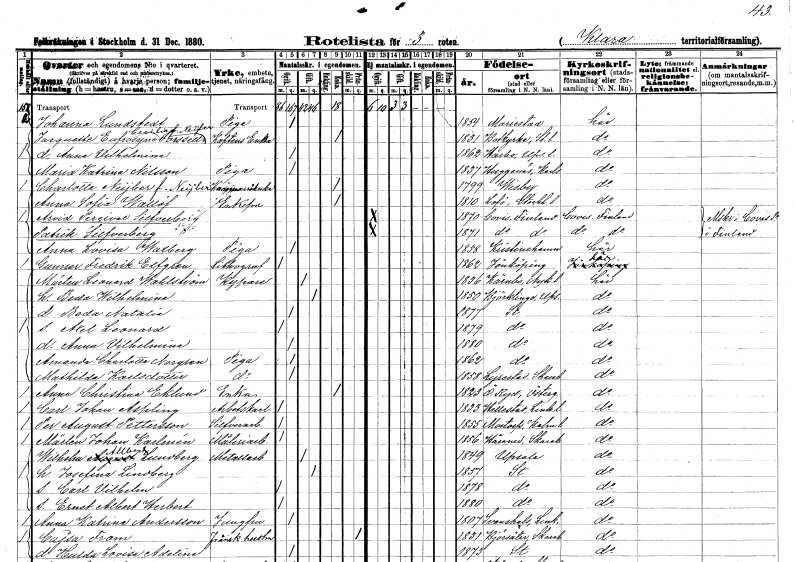
gt_parse: households: individuals: FN: Johanna
EN: Lundstedt
YRKE: Piga
KON: K
CIV: O
FODAR: 1854
FODFORS: Mariestad Skaraborgs län
FN: Jacquette Eufrosyne Cecilia
EN: Forssell Neijber
YRKE: Kaptensänka
KON: K
CIV: E
FODAR: 1831
FODFORS: Botkyrka Stockholms län
FN: Anna Vilhelmina
KON: K
CIV: O
FODAR: 1862
FODFORS: Harbo Västmanlands län
FN: Maria Katrina
EN: Nilsson
YRKE: Piga
KON: K
CIV: O
FODAR: 1837
FODFORS: Huggenäs Värmlands län
FN: Charlotta
EN: Neijber Neijber
YRKE: Kammarrådsänka
KON: K
CIV: E
FODAR: 1799
FODFORS: Visby Gotlands län
FN: Anna Sofia
EN: Wallöf
KON: K
CIV: E
FODAR: 1810
FODFORS: Lovö Stockholms län
FN: Arvid Percival
EN: Silfverberg
KON: M
CIV: O
FODAR: 1870
FN: Patrik
EN: Silfverberg
KON: M
CIV: O
FODAR: 1871
FN: Anna Lovisa
EN: Walberg
YRKE: Piga
KON: K
CIV: O
FODAR: 1858
FODFORS: Kristinehamn Värmlands län
FN: Gunnar Fredrik
EN: Elfgren
YRKE: Litograf
KON: M
CIV: O
FODAR: 1862
FODFORS: Jönköping Jönköpings län
FN: Mårten Leonard
EN: Wahlström
YRKE: Kypare
KON: M
CIV: G
FODAR: 1836
FODFORS: Kärnbo Södermanlands län
FN: Beda Wilhelmina
KON: K
CIV: G
FODAR: 1850
FODFORS: Björklinge Uppsala län
FN: Beda Natalia
KON: K
CIV: O
FODAR: 1877
FODFORS: Stockholm
FN: Axel Leonard
KON: M
CIV: O
FODAR: 1879
FODFORS: Stockholm
FN: Anna Vilhelmina
KON: K
CIV: O
FODAR: 1880
FODFORS: Stockholm
FN: Amanda Charlotta
EN: Norgren
YRKE: Piga
KON: K
CIV: O
FODAR: 1862
FODFORS: Stockholm
FN: Mathilda
EN: Karlsdotter
YRKE: Piga
KON: K
CIV: O
FODAR: 1858
FODFORS: Lyrestad Skaraborgs län
FN: Anna Christina
EN: Eklund
YRKE: Änka
KON: K
CIV: E
FODAR: 1823
FODFORS: Östra Ryd Östergötlands län
FN: Carl Johan
EN: Aspling
YRKE: Arbetskarl
KON: M
CIV: O
FODAR: 1833
FODFORS: Hällestad Östergötlands län
FN: Per August
EN: Pettersson
YRKE: Silverarbetare
KON: M
CIV: O
FODAR: 1855
FODFORS: Mortorp Kalmar län
FN: Mårten Johan
EN: Karlmén
YRKE: Måleriarbetare
KON: M
CIV: O
FODAR: 1856
FODFORS: Härene Skaraborgs län
FN: Wilhelm Allbert
EN: Lundberg
YRKE: Metallarbetare
KON: M
CIV: G
FODAR: 1849
FODFORS: Uppsala Uppsala län
FN: Josefina
EN: Lindberg
KON: K
CIV: G
FODAR: 1857
FODFORS: Stockholm
FN: Carl Vilhelm
KON: M
CIV: O
FODAR: 1878
FODFORS: Stockholm
FN: Ernst Albert Herbert
KON: M
CIV: O
FODAR: 1880
FODFORS: Stockholm
FN: Anna Katrina
EN: Andersson
YRKE: Jungfru
KON: K
CIV: O
FODAR: 1807
FODFORS: Svanshals Östergötlands län
FN: Cajsa
EN: From
KON: K
CIV: X
FODAR: 1831
FODFORS: Björsäter Skaraborgs län
FN: Hulda Lovisa Adeline
KON: K
CIV: O
FODAR: 1873
FODFORS: Stockholm